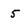
Character: 5